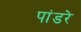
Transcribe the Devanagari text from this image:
पांडरे